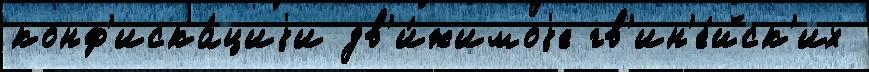
конф'иска́циjи дв'и́жимоjе гв'ин'е́йск'их